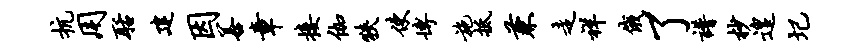
抗用聒建因善章接伽狭使博施抵兼走祥俄了谱杪遑圮